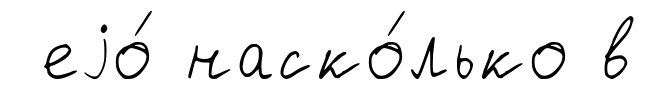
еjо́ наско́лько в